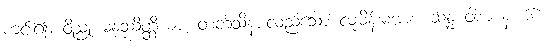
ကင်း၍။ ဝိညု မနုဿိတ္ထိယာ၊ တတ်သိနားလည်သော လူမိန်းမအား။ ဆန္နံ ဝါစာ နံ၊ ၆